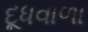
દૂધવાળા